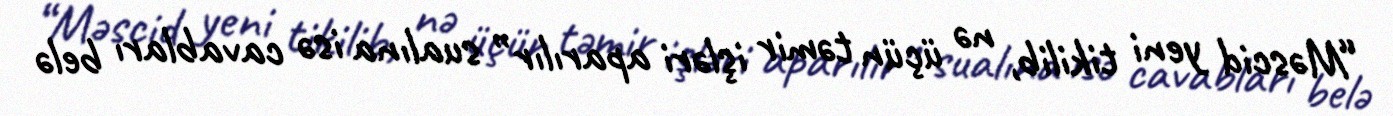
“Məscid yeni tikilib, nə üçün təmir işləri aparılır” sualına isə cavabları belə